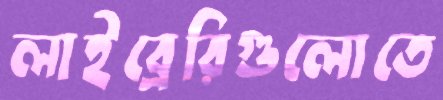
লাইব্রেরিগুলোতে